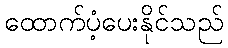
ထောက်ပံ့ပေးနိုင်သည်